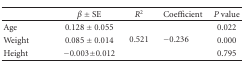
<table><thead><tr><td></td><td><b><i>β</i> ± SE</b></td><td><b><i>R</i><sup>2</sup></b></td><td><b>Coefficient</b></td><td><b><i>P</i> value</b></td></tr></thead><tbody><tr><td>Age</td><td>0.128 ± 0.055</td><td rowspan="3">0.521</td><td rowspan="3">−0.236</td><td>0.022</td></tr><tr><td>Weight</td><td>0.085 ± 0.014</td><td>0.000</td></tr><tr><td>Height</td><td>−0.003 ± 0.012</td><td>0.795</td></tr></tbody></table>